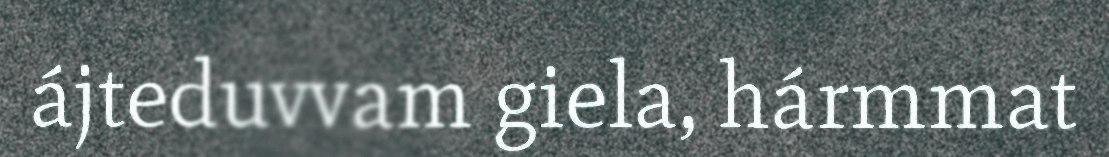
ájteduvvam giela, hármmat